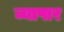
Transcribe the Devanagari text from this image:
व्यापार